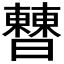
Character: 𣍘